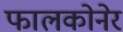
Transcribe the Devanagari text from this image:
फालकोनेर